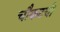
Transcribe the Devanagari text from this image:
चौकटची